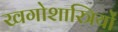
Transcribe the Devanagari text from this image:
खगोशास्त्रियों